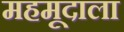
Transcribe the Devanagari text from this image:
महमूदाला